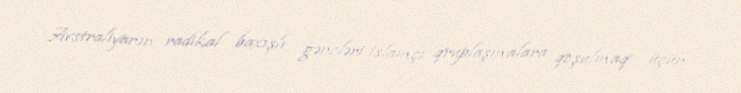
Avstraliyanın radikal baxışlı gəncləri islamçı qruplaşmalara qoşulmaq üçün